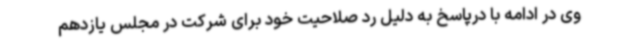
وی در ادامه با درپاسخ به دلیل رد صلاحیت خود برای شرکت در مجلس یازدهم